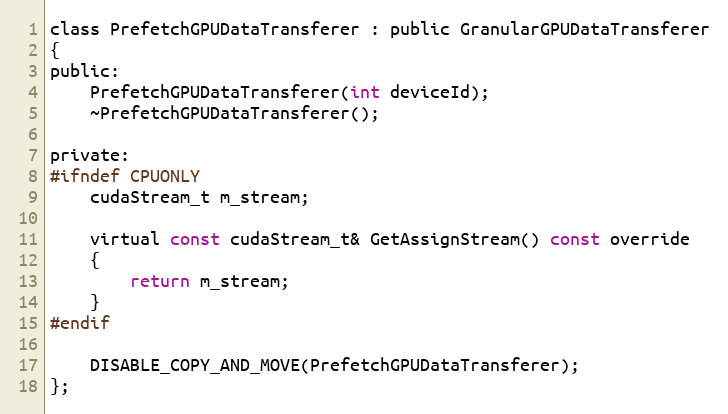
Language: C
class PrefetchGPUDataTransferer : public GranularGPUDataTransferer
{
public:
    PrefetchGPUDataTransferer(int deviceId);
    ~PrefetchGPUDataTransferer();

private:
#ifndef CPUONLY
    cudaStream_t m_stream;

    virtual const cudaStream_t& GetAssignStream() const override
    {
        return m_stream;
    }
#endif

    DISABLE_COPY_AND_MOVE(PrefetchGPUDataTransferer);
};